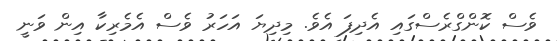
ވެސް ކޮންގްރެސްގައި އެދިފަ އެވެ. މިދިޔަ އަހަރު ވެސް އެމެރިކާ އިން ވަނީ